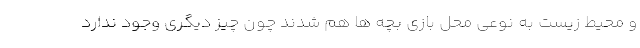
و محیط زیست به نوعی محل بازی بچه ها هم شدند چون چیز دیگری وجود ندارد